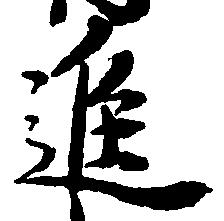
進